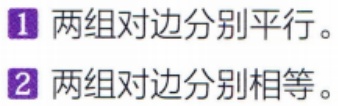
1. 两组对边分别平行。

2. 两组对边分别相等。